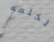
الكلمه